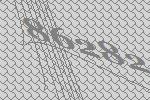
86282